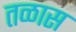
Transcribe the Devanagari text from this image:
तळास